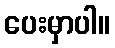
ပေးမှာပါ။